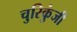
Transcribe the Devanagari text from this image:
चुरिकुंजी